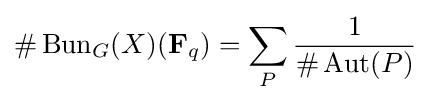
\#\operatorname {Bun} _{G}(X)(\mathbf {F} _{q})=\sum _{P}{1 \over \#\operatorname {Aut} (P)}